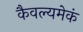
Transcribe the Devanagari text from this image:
कैवल्यमेकं